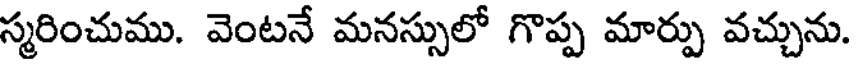
స్మరించుము. వెంటనే మనస్సులో గొప్ప మార్పు వచ్చును.